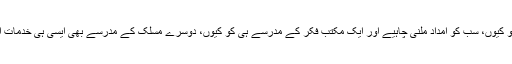
اعتراض یہ ہونا تو ٹھیک تھا کہ ایک مدرسے کو کیوں، سب کو امداد ملنی چاہیے اور ایک مکتب فکر کے مدرسے ہی کو کیوں، دوسرے مسلک کے مدرسے بھی ایسی ہی خدمات انجام دے رہے ہیں انہیں کیوں مدد نہیں دی گئی۔